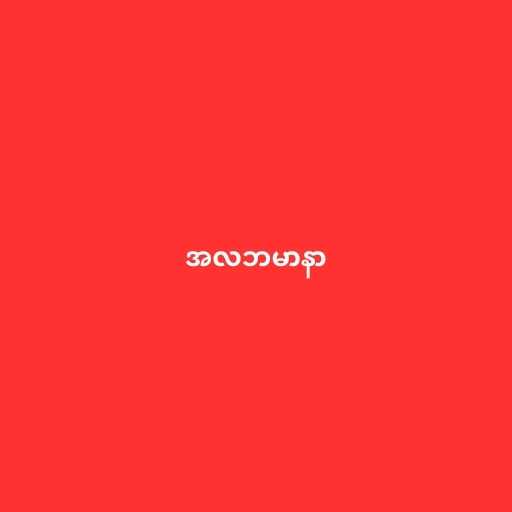
အလဘမာနာ